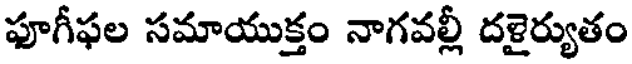
ఫూగీఫల సమాయుక్తం నాగవల్లీ దళైర్యుతం